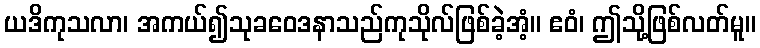
ယဒိကုသလာ၊ အကယ်၍သုခဝေဒနာသည်ကုသိုလ်ဖြစ်ခဲ့အံ့။ ဧဝံ၊ ဤသို့ဖြစ်လတ်မူ။